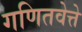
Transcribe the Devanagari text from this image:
गणितवेत्ते